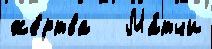
же́ртва   Ма́тчи